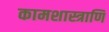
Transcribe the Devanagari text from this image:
कामशास्त्राणि